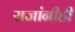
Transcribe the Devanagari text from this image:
राजांनीही